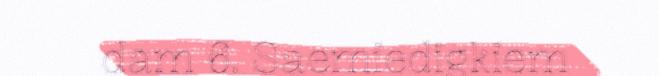
dam 6. Saemiedigkiem